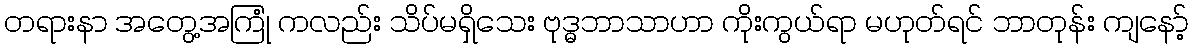
တရားနာ အတွေ့အကြုံ ကလည်း သိပ်မရှိသေး ဗုဒ္ဓဘာသာဟာ ကိုးကွယ်ရာ မဟုတ်ရင် ဘာတုန်း ကျနော့်